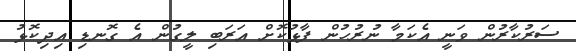
ސަރުކާރުން ވަނީ އެކަމާ ނުރުހުން ފާޅުކޮށް އަރަބި ލީގުން އެ ގޮނޑި އިދިކޮޅު